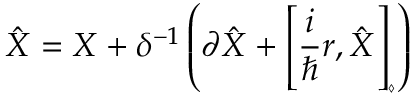
\hat { X } = X + \delta ^ { - 1 } \left( \partial \hat { X } + \left[ \frac { i } { \hbar } r , \hat { X } \right] _ { \diamond } \right)